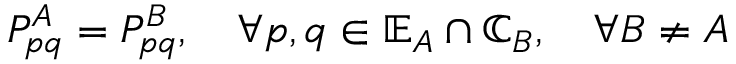
\begin{array} { r } { P _ { p q } ^ { A } = P _ { p q } ^ { B } , \quad \forall p , q \in \mathbb { E } _ { A } \cap \mathbb { C } _ { B } , \quad \forall B \ne A } \end{array}